65_HS1-834228961_62-HQ-83894_Section_4
Agency: FBI
Page 80
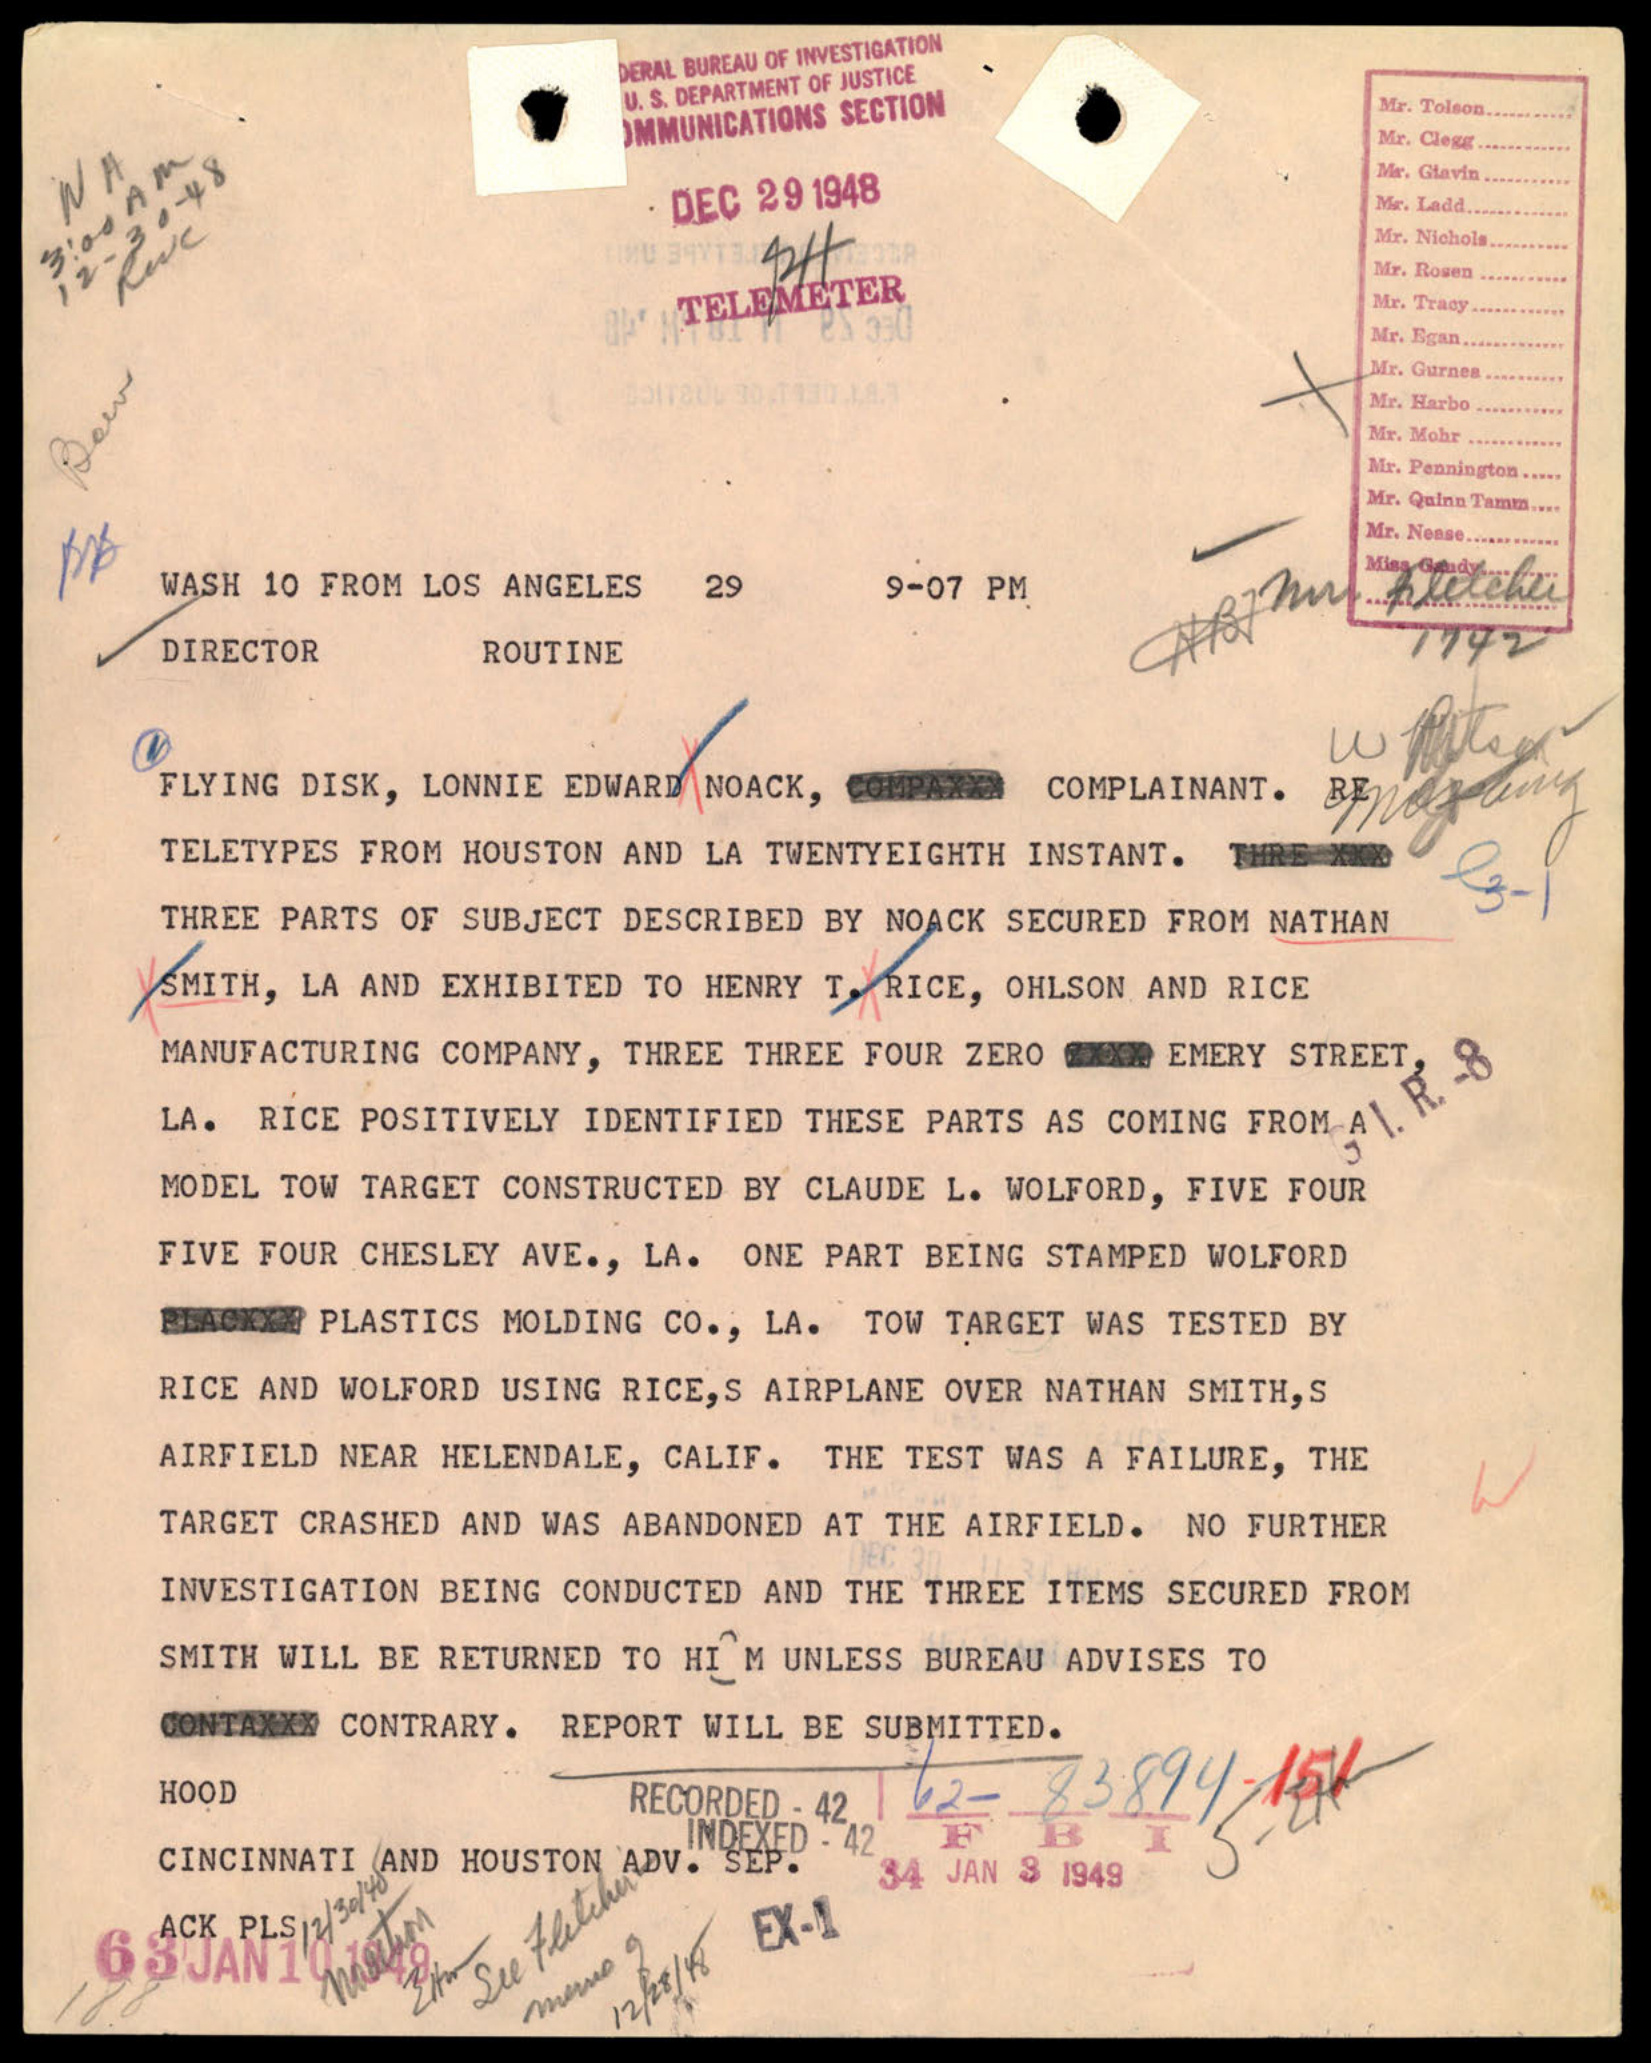